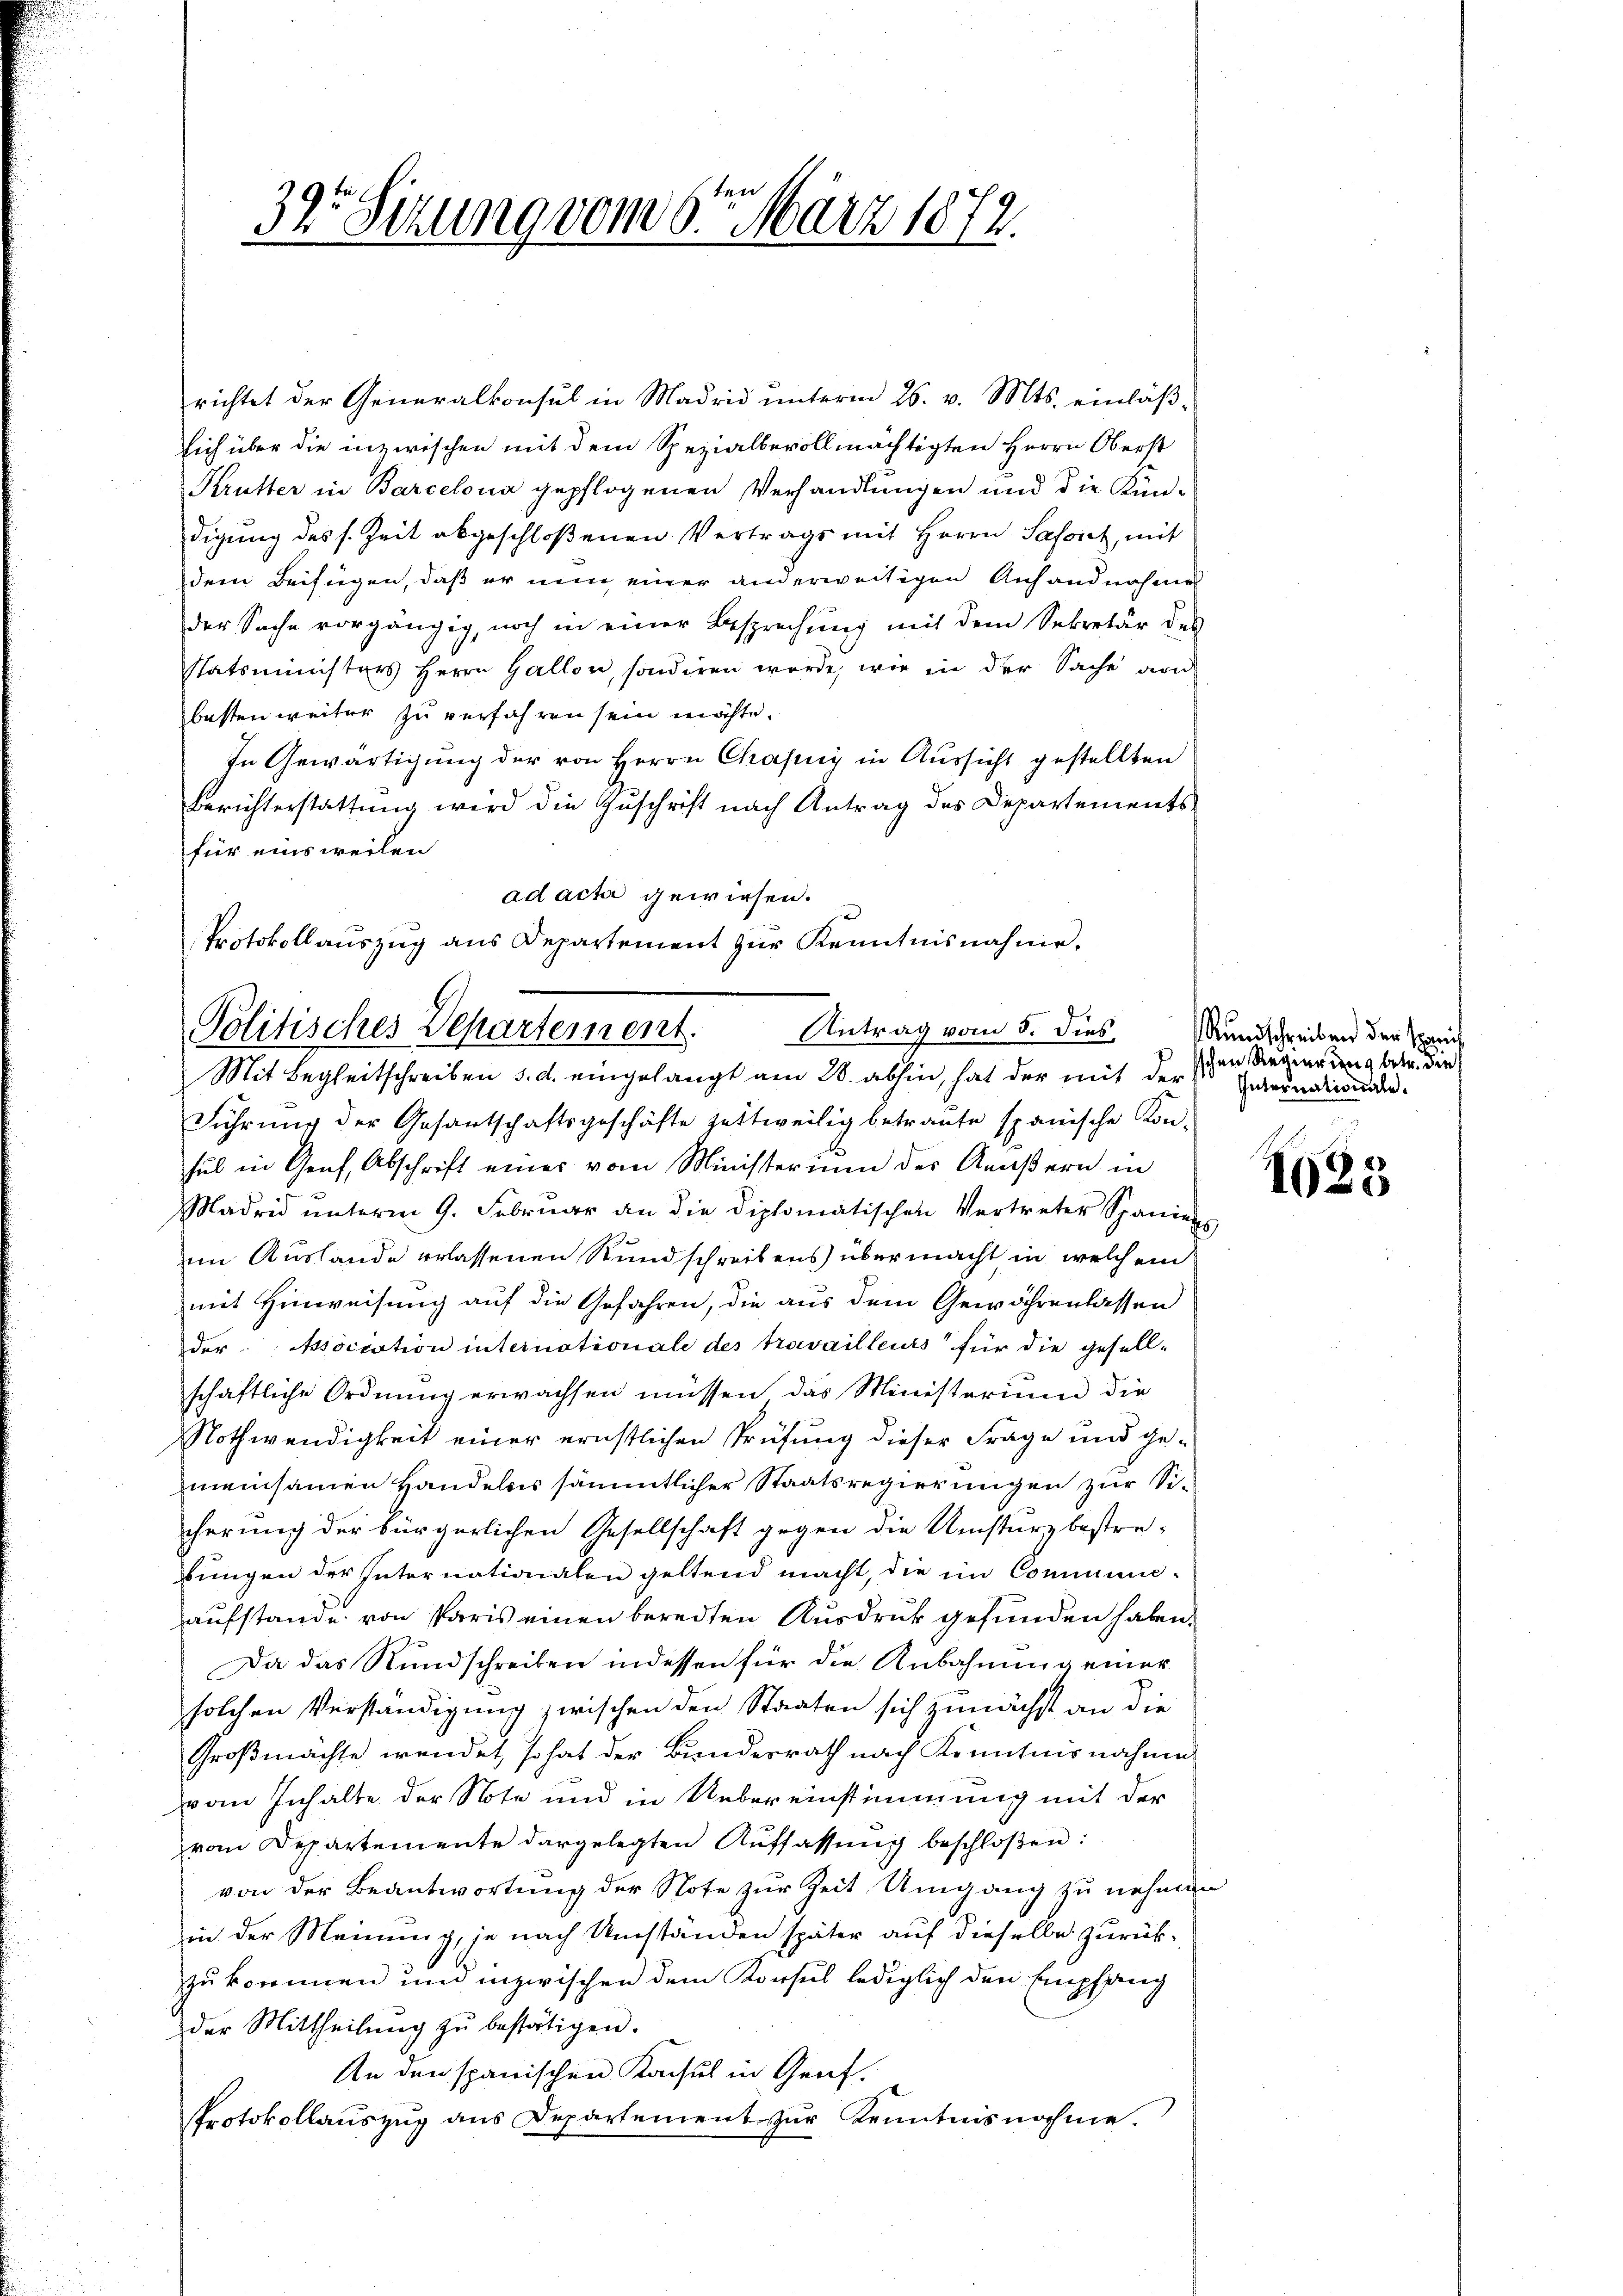
tan
32. Sitzung vom 9. März 1872.

richtet der Generalkonsul in Madrid unterm 26. v. Mts. einläßsich über die inzwischen mit dem Spezialbevollmächtigten Herrn Oberst
Krutter in Barcelona gepflogenen Verhandlungen und die Kündigung des s. Zeit abgeschloßenen Vertrags mit Herrn Saforet, mit
dem Beifügen, daß er nun einer anderweitigen Anhandnahmes
der Sache vorgängig, noch in einer Besprechung mit dem Sekretär des
statsministers Herrn Hallon, sondiren werde, wie in der Sache an
besten weiter zu verfahren sein möchte.
In Gewärtigung der von Herrn Chasny in Aussicht gestellten
Berichterstattung wird die Zuschrift nach Antrag des Departements
für einsweilen
ad acta gewiesen.
Protokollaŭszŭg ans Departement zŭr Kenntnisnahme.

Antrag vom 5. dies
Politisches Departement.
Mit Begleitschreiben d. d. eingelangt am 28. abhin, hat der mit der

Führŭng der Gesantschaftsgeschäfte zettweilig betraute spanische Kon-
sul in Genf, Abschrift einer vom Ministerium der Amaβern in
Madrid unterm 9. Februar an die diplomatischen Vertreter Spaniens
im Auslande erlassenen Rundschreibens übermacht in welchem
mit Hinweisung auf die Gefahren, die aus dem Gewährenlassen
der Assoccation internationale des travailleurs für die gesell-
schaftliche Ordnung erwachsen müssen das Ministerium die
Nothwendigkeit einer ernstlichen Prüfung dieser Frage und gemeinsamen Handelns sämmtlicher Staatsregierungen zur Sicherung der bürgerlichen Gesellschaft gegen die Umsturz bestre-
bungen der Internationalen geltend macht, die im Communeaufstande von Paris einen beredten Ausdruck gefunden haben.
Da das Rundschreiben indessen für die Anbahnung einer
solchen Verständigung zwischen den Staaten sich zunächst an die
Großmachte wendet, so hat der Bundesrath nach Kenntnis nahme
von Inhalte der Note und in Uebereinstimmung mit der
vom Departemente dargelegten Auffassŭng beschloßen:
von der Beantwortung der Note zur Zeit Umgang zu nehmen
in der Meinung, je nach Umständen später auf dieselbe zurückzu kommen um inzwischen dem Konsus lediglich den Empfang
der Mittheilung zu bestätigen.
An den spanischen Konsul in Genf.
Protokollauszug aus Departement zur Kenntnisnahme.

Rundschreiben der Spi
schen Regierung betr. die
Internationale.

1625